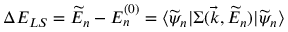
\Delta E _ { L S } = \widetilde { E } _ { n } - E _ { n } ^ { ( 0 ) } = \langle \widetilde \psi _ { n } | \Sigma ( \vec { k } , \widetilde { E } _ { n } ) | \widetilde \psi _ { n } \rangle